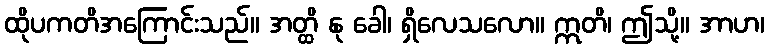
ထိုပကတိအကြောင်းသည်။ အတ္ထိ နု ခေါ၊ ရှိလေသလော။ ဣတိ၊ ဤသို့။ အာဟ၊